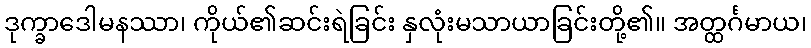
ဒုက္ခာဒေါမနဿာ၊ ကိုယ်၏ဆင်းရဲခြင်း နှလုံးမသာယာခြင်းတို့၏။ အတ္ထင်္ဂမာယ၊